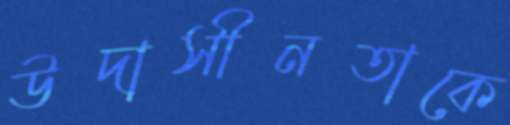
উদাসীনতাকে